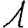
Digit: 1